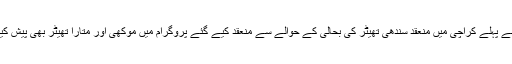
کچھ مہینے پہلے کراچی میں منعقد سندھی تھیٹر کی بحالی کے حوالے سے منعقد کیے گئے پروگرام میں موکھی اور متارا تھیٹر بھی پیش کیا گیا تھا۔